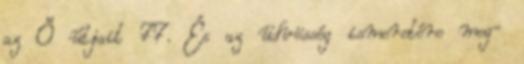
az Ő útjait 77. És az üdvösség ismeretére meg−